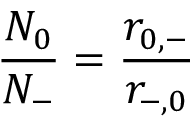
\frac { N _ { 0 } } { N _ { - } } = \frac { r _ { 0 , - } } { r _ { - , 0 } }